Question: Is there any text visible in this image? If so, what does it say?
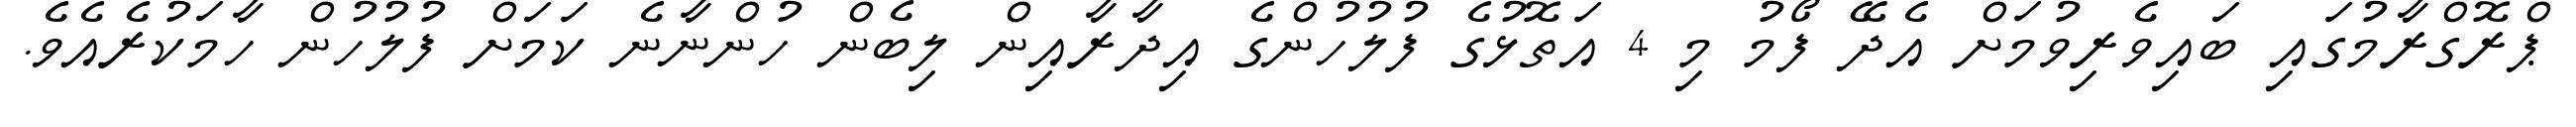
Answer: ޕްރޮގްރާމުގައި ބައިވެރިވުމަށް އެދޭ ފޯމު މި 4 އަތޮޅުގެ ފުލުހުންގެ އިދާރާއިން ލިބެން ހުންނާނެ ކަމަށް ފުލުހުން ހާމަކުރެއެވެ.